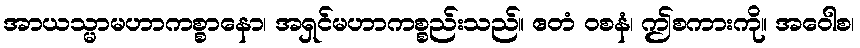
အာယသ္မာမဟာကစ္စာနော၊ အရှင်မဟာကစ္စည်းသည်။ ဧတံ ဝစနံ၊ ဤစကားကို။ အဝေါစ၊